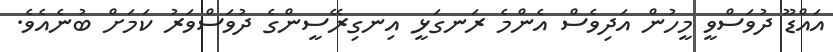
އައްޑޫ ދުވަސްވީ މީހުން އަދިވެސް އެންމެ ރަނގަޅީ އިނގިރޭސީންގެ ދުވަސްވަރު ކަމަށް ބުނެއެވެ.